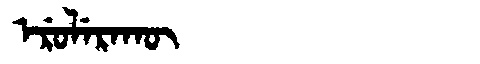
Manchu: ᡝᡵᡠᠯᡝᡵᠠᡴᡡ
Romanization: ERULERAKŪ